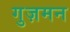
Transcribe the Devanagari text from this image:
गुज़मन